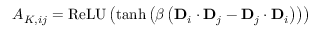
{ A } _ { K , i j } = \operatorname { R e L U } \left( \operatorname { t a n h } \left( \beta \left( \mathbf { D } _ { i } \cdot \mathbf { D } _ { j } - \mathbf { D } _ { j } \cdot \mathbf { D } _ { i } \right) \right) \right)